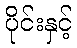
ပိုင်းနှင့်